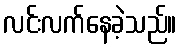
လင်းလက်နေခဲ့သည်။